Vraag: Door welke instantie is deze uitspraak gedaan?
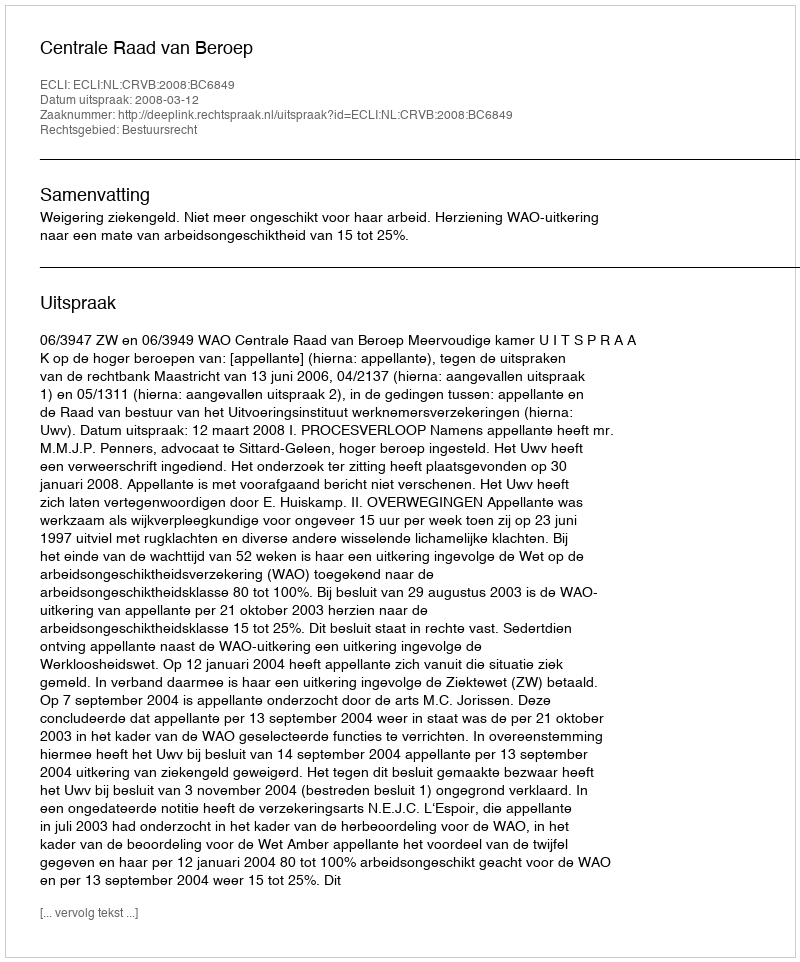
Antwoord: Centrale Raad van Beroep